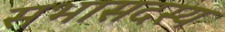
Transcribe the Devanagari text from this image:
सभासदस्य